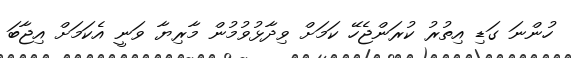
ހުންނަ ގަޑި އިތުރު ކުރަންޖެހޭ ކަމަށް ވިދާޅުވުމުން މާރިޔާ ވަނީ އެކަމަށް އިޖާބަ